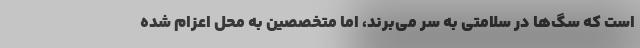
است که سگ‌ها در سلامتی به سر می‌برند، اما متخصصین به محل اعزام شده